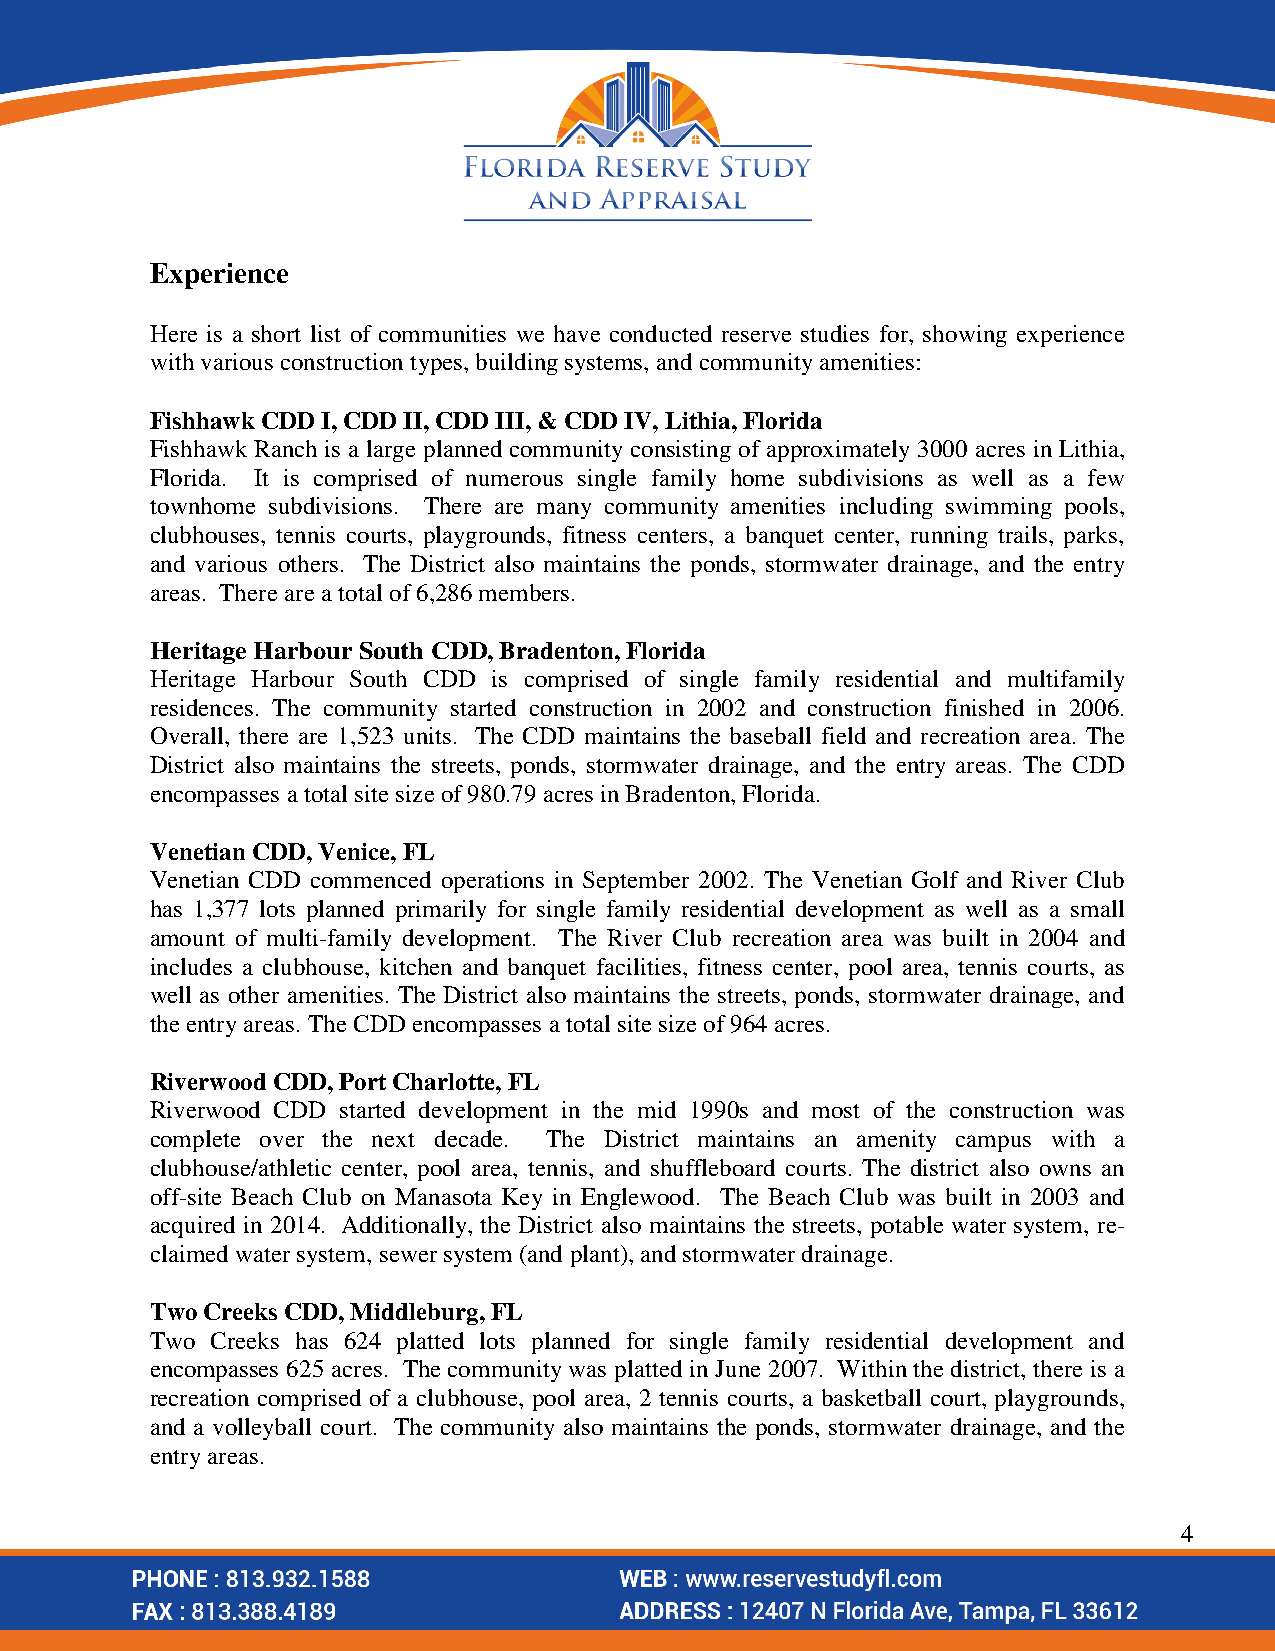
-     •         --
 f LO Rl DA RESERVE STUDY
 AND  APPRAISAL
 Experience
 Here is a short list of communities we have conducted reserve studies for, showing experience
 with various construction types, building systems, and community amenities:
 Fishhawk CDD I, CDD II, CDD III, & CDD IV, Lithia, Florida
 Fishhawk Ranch is a large planned community consisting of approximately 3000 acres in Lithia,
 Florida. It is comprised of numerous single family home subdivisions as well as a few
 townhome subdivisions. There are many community amenities including swimming pools,
 clubhouses, tennis courts, playgrounds, fitness centers, a banquet center, running trails, parks,
 and various others. The District also maintains the ponds, stormwater drainage, and the entry
 areas. There are a total of 6,286 members.
 Heritage Harbour South CDD, Bradenton, Florida
 Heritage Harbour South CDD is comprised of single family residential and multifamily
 residences. The community started construction in 2002 and construction finished in 2006.
 Overall, there are 1,523 units. The CDD maintains the baseball field and recreation area. The
 District also maintains the streets, ponds, stormwater drainage, and the entry areas. The CDD
 encompasses a total site size of 980.79 acres in Bradenton, Florida.
 Venetian CDD, Venice, FL
 Venetian CDD commenced operations in September 2002. The Venetian Golf and River Club
 has 1,377 lots planned primarily for single family residential development as well as a small
 amount of multi-family development. The River Club recreation area was built in 2004 and
 includes a clubhouse, kitchen and banquet facilities, fitness center, pool area, tennis courts, as
 well as other amenities. The District also maintains the streets, ponds, stormwater drainage, and
 the entry areas. The CDD encompasses a total site size of 964 acres.
 Riverwood CDD, Port Charlotte, FL
 Riverwood CDD started development in the mid 1990s and most of the construction was
 complete over the next decade. The District maintains an amenity campus with a
 clubhouse/athletic center, pool area, tennis, and shuffleboard courts. The district also owns an
 off-site Beach Club on Manasota Key in Englewood. The Beach Club was built in 2003 and
 acquired in 2014. Additionally, the District also maintains the streets, potable water system, re-
 claimed water system, sewer system (and plant), and stormwater drainage.
 Two Creeks CDD, Middleburg, FL
 Two Creeks has 624 platted lots planned for single family residential development and
 encompasses 625 acres. The community was platted in June 2007. Within the district, there is a
 recreation comprised of a clubhouse, pool area, 2 tennis courts, a basketball court, playgrounds,
 and a volleyball court. The community also maintains the ponds, stormwater drainage, and the
 entry areas.
 4
 PHONE: 813. 932.1588            WEB: www.reservestudyfl.com
 FAX : 813.388.4189              ADDRESS : 12407 N Florida Ave, Tampa, FL 33612